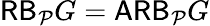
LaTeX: \mathsf{RB}_{\mathcal P}G=\mathsf{ARB}_{\mathcal P}G